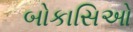
બોકાસિઓ